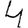
Digit: 4